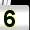
Digit: 5